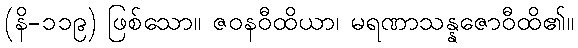
(နိ-၁၁၉) ဖြစ်သော။ ဇဝနဝီထိယာ၊ မရဏာသန္နဇောဝီထိ၏။